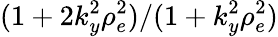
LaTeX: (1+2k_{y}^{2}\rho_{e}^{2})/(1+k_{y}^{2}\rho_{e}^{2})